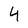
Character: 4